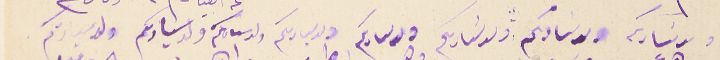
ولد سَادكم ولد سَادكم ولد سَادكم ولد سادكم ولد سيادكم ولد سادكم ولد سيادتكم ولد سيادتكم